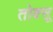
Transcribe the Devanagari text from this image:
तोक्सू